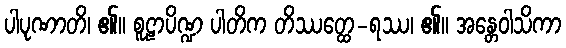
ပါပုဏာတိ၊ ၏။ စူဠာပိဏ္ဍ ပါတိက တိဿတ္ထေ-ရဿ၊ ၏။ အန္တေဝါသိကာ